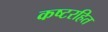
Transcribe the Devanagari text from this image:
कष्टरहित